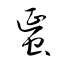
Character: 蜑